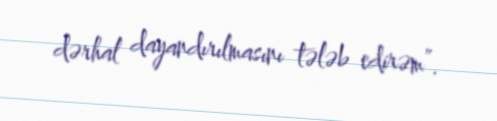
dərhal dayandırılmasını tələb edirəm”.